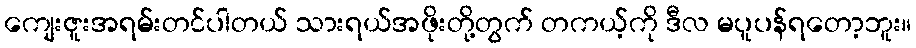
ကျေးဇူးအရမ်းတင်ပါတယ် သားရယ်အဖိုးတို့တွက် တကယ့်ကို ဒီလ မပူပန်ရတော့ဘူး။